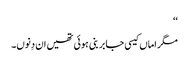
‘‘
مگر اماں کیسی جابر بنی ہوئی تھیں ان دِنوں۔